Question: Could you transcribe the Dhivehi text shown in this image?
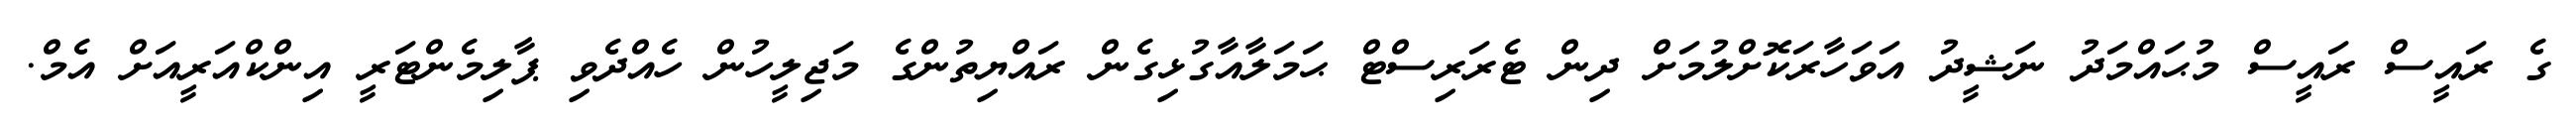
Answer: ގެ ރައީސް ރައީސް މުޙައްމަދު ނަޝީދު އަވަހާރަކޮށްލުމަށް ދިން ޓެރަރިސްޓް ޙަމަލާއާގުޅިގެން ރައްޔިތުންގެ މަޖިލީހުން ހެއްދެވި ޕާލިމެންޓަރީ އިންކްއަރީއަށް އެމް.